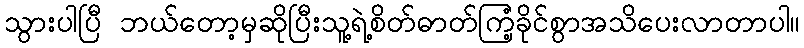
သွားပါပြီ ဘယ်တော့မှဆိုပြီးသူ့ရဲ့စိတ်ဓာတ်ကြံ့ခိုင်စွာအသိပေးလာတာပါ။